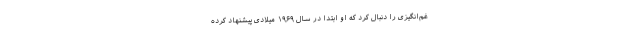
غم‌انگیزی را دنبال کرد که او ابتدا در سال ۱۹۶۹ میلادی پیشنهاد کرده